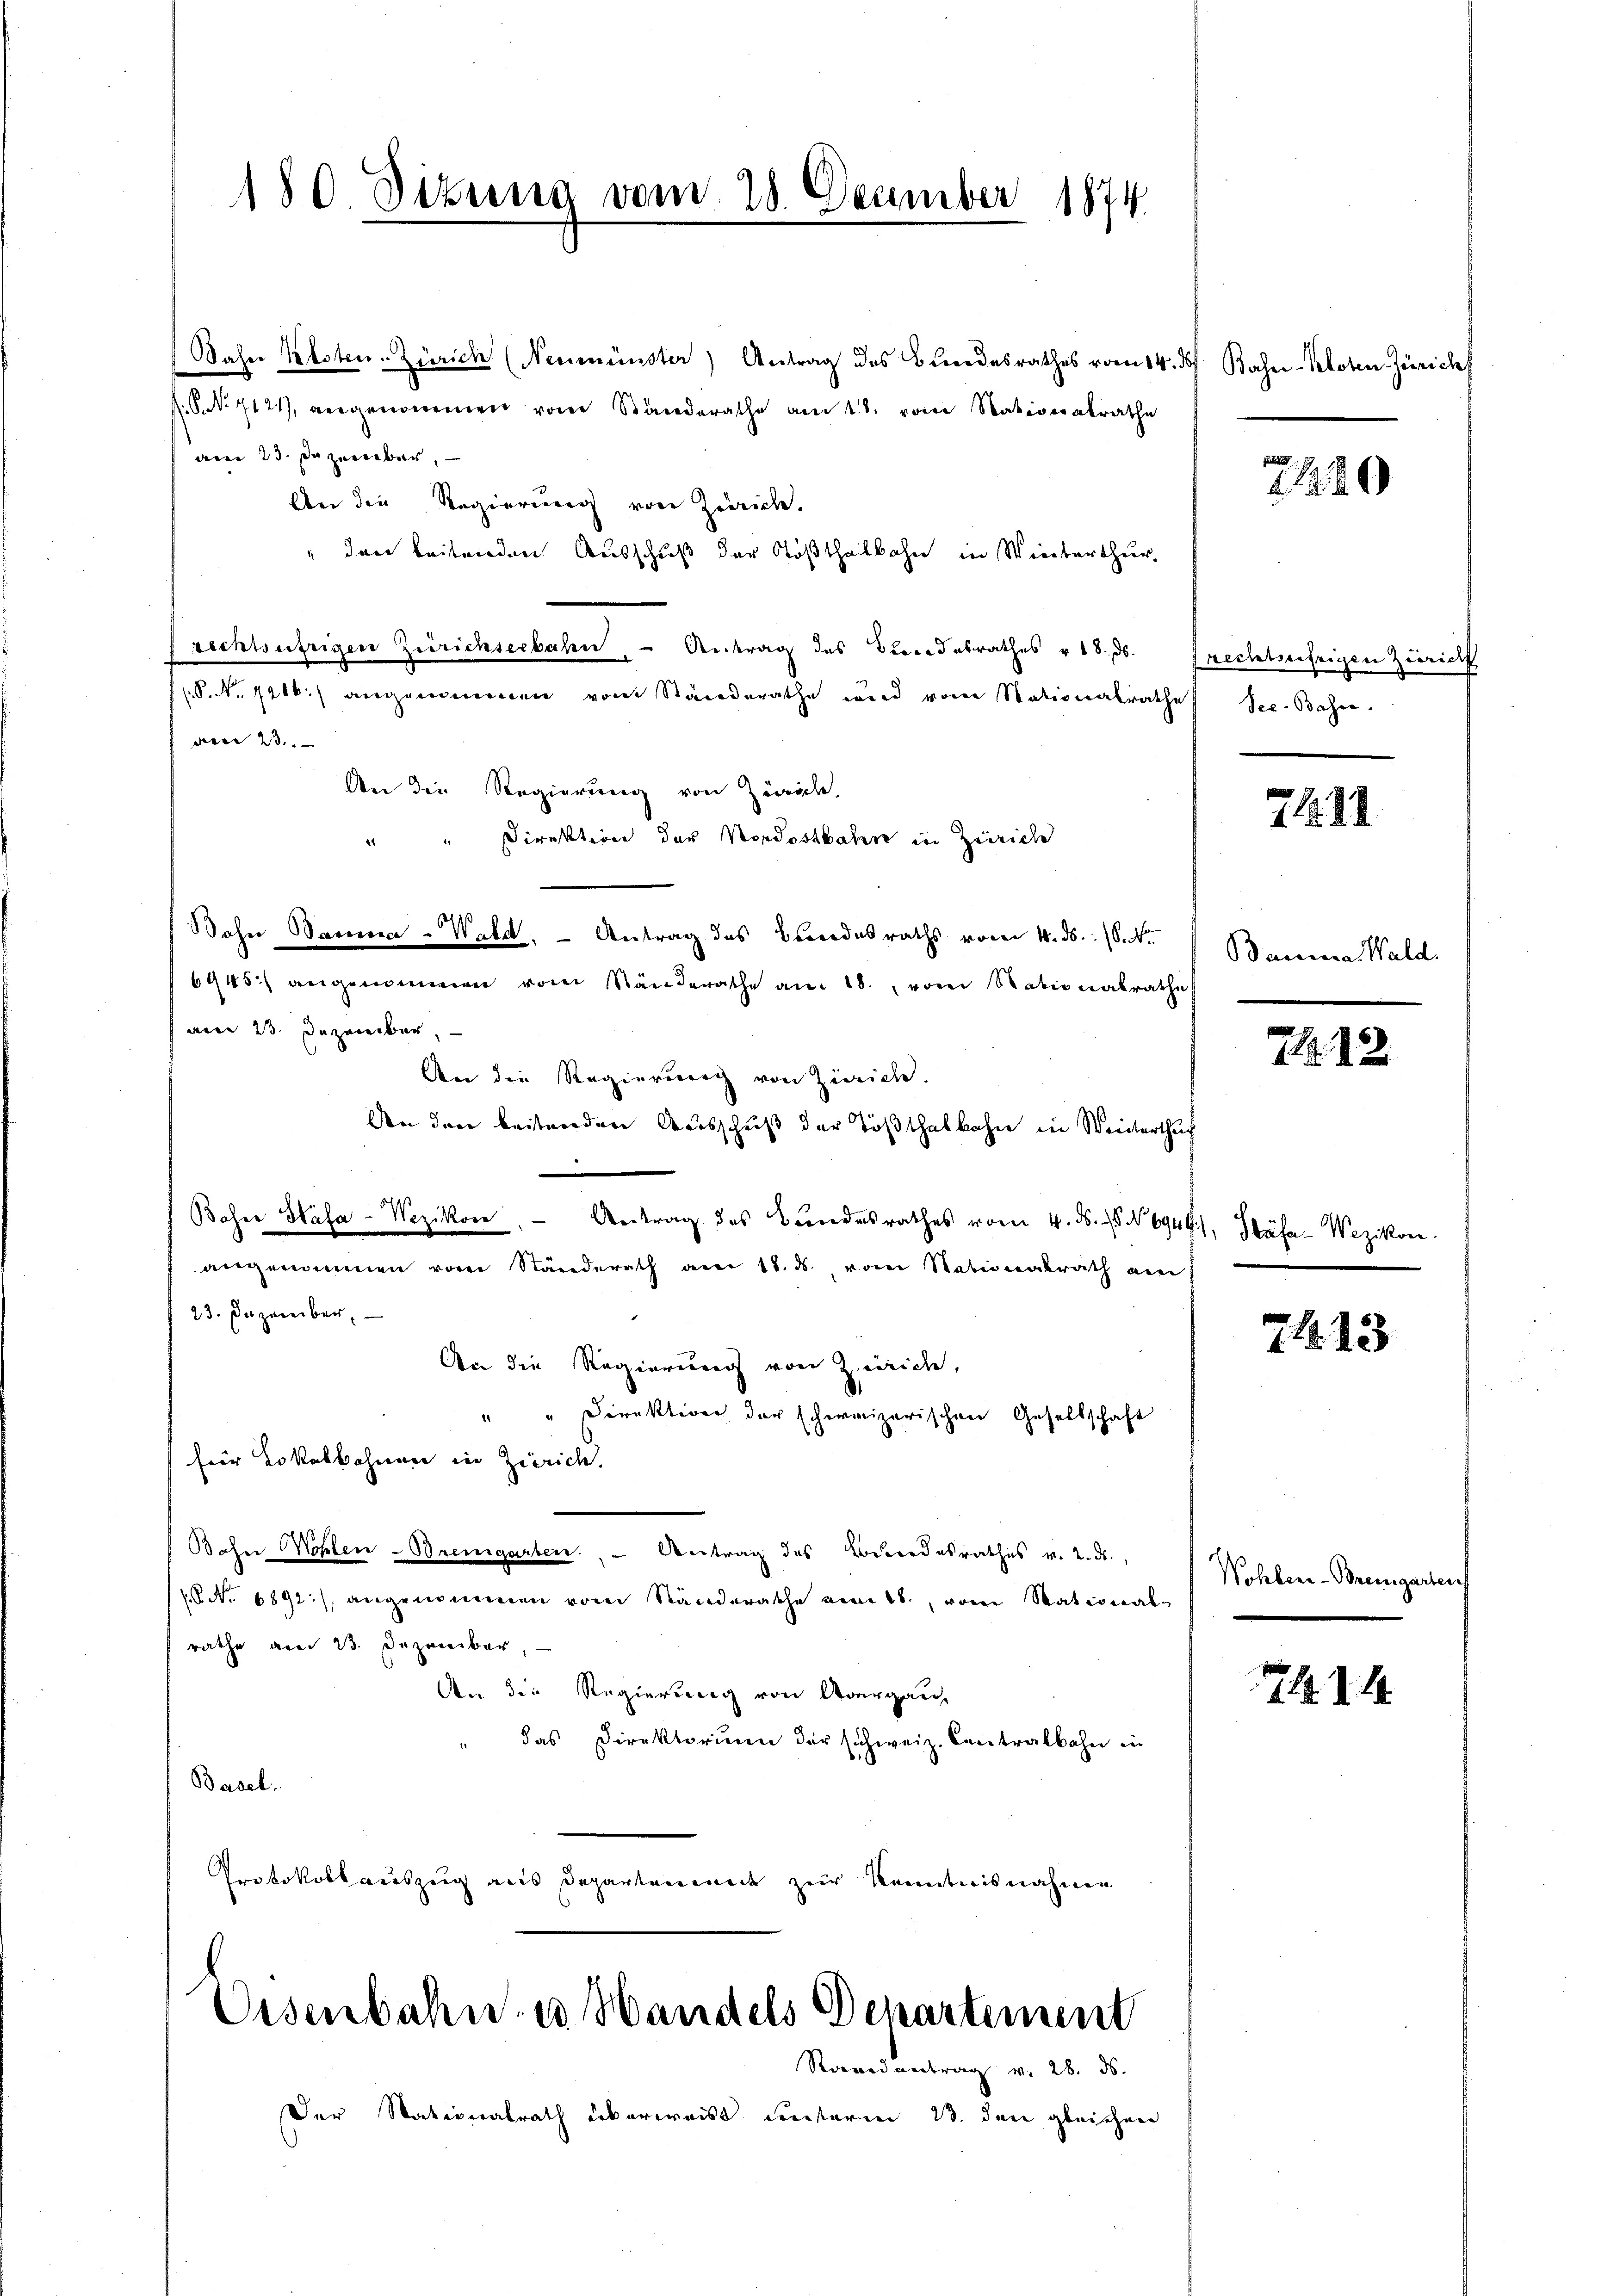
180. Situng vom 28. Ocember 1874

(Jahre Kisten. Zürich (Neumünster) Antrag des Bundesrathes vom 14. ds Basen-Kloten Zürich
f. P. Nr. 7121), angenommen vom Standerathe am 18. vom Nationalrathe
am 23. Dezember,
An die Regierung von Zürich,
" den beitenden Ausschuß der Tößthalbahn in Winterthur,
rechtsufrigen Zürichseebahn - Antrag des Bundesrathes u 18. ds.
(P. Nr. 1216) angenommen vom Standerathe wird von Nationalrathe See. Base
d 23.
An die Regierung von Zürich,
Direktion der Nordostbahn in Zürich
.
seli
ohne Darna - Wald. - Antrag des Beendesraths vom 4. ds. S. Nr.
6945 angenommen vom Ständerathe am 18. vom Stationalrathes
ween 23. Dezember,
An die Regierung von Zürich.
den dann beitendene Ausschuß der Tößthalbahne in Weiterthuch
Baher Hasa-Wezikon - Antrag des Bŭndesrathes vom 4. ds. 8. No 6949), Stäfa-Wezikon.
angenommen von Ständerath am 18. ds. vom Rationalrath am
23. Dezember
An die Regierung von Zürich,
" Direktion der schweizerischen Gesellschaft
.
für Lokalbahnenen in Zürich.
Bohne Wohlen-Bremgarten. - Antrag des Beendesrathes v. 2. ds.,
1 No 6892), angenommen vom Standerathe am 18. vom Stational-
rathe am 23. Dezember,
den die Regierung von Aargau
" das Direktorium der schweiz. Contralbahn in
Basel.
Protokollauszug aus Departement zur Kenntnisnahme

Eisenbahn in Handels Departement
Randantrag v. 28. ds.

Der Nationalrath überweist unterien 23. den gleichen

240

Prechtsährigen Zürich

21228

Banna Wald.

71. 12

.

71. 13

Wohlen-Bremgarten

414